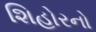
શિહોરનો